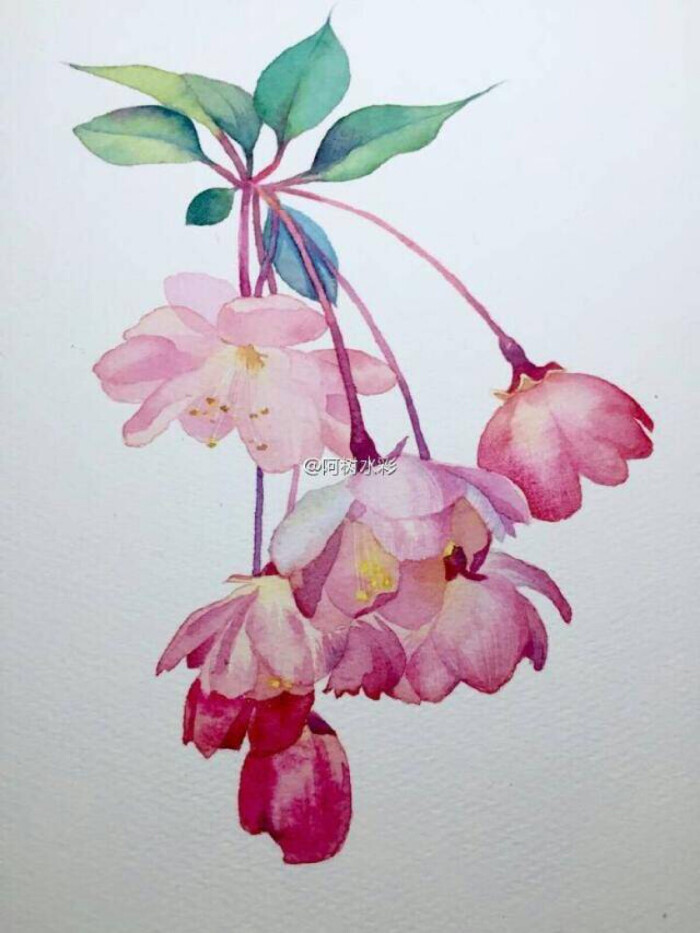
春日迟迟春草绿，野棠开尽飘香玉。